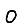
Digit: 0